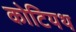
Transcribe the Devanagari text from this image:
कोटियथ